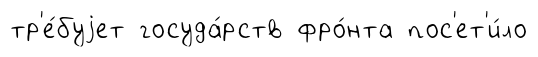
тр'е́буjет госуда́рств фро́нта пос'ет'и́ло